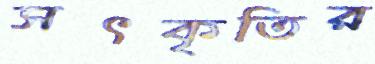
সৎকৃতির